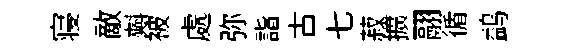
寝敵𣂏被處弥詣古七菽擴翮循鹢